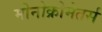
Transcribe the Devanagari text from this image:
मोनोक्रोमेतर्स